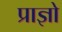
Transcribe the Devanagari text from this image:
प्राज्ञो